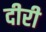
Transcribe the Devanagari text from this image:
दीरी